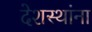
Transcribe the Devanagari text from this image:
देशस्थांना